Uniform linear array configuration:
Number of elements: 32
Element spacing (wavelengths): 0.75
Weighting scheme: hamming
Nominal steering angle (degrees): -30
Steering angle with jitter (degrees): -28.737
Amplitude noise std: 0.05
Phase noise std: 0.05

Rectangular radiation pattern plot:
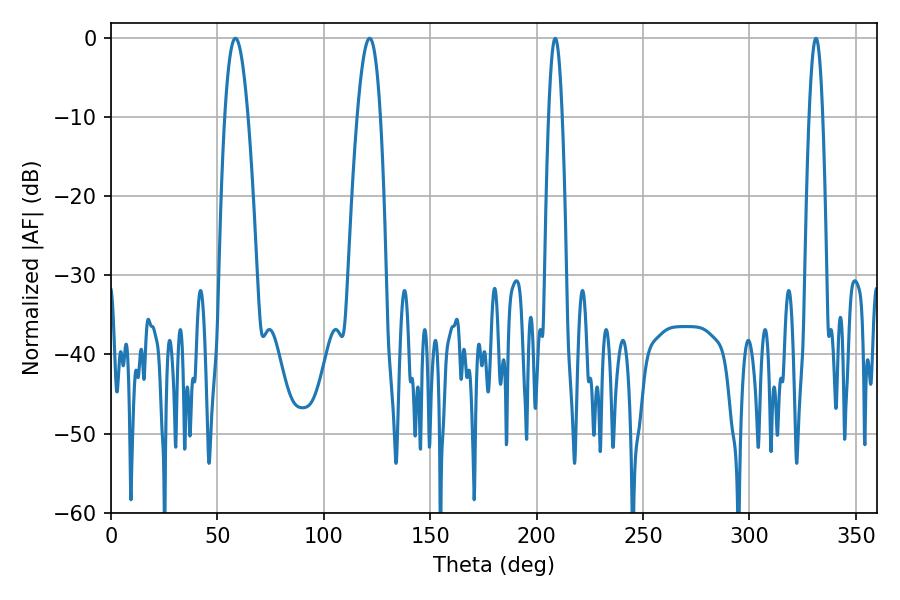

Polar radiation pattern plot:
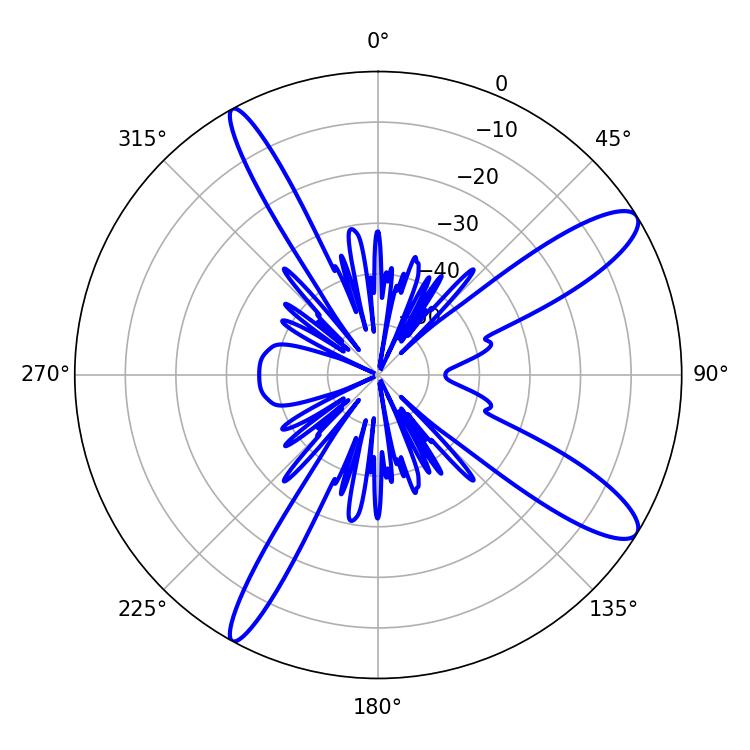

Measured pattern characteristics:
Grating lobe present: TRUE
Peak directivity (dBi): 11.911
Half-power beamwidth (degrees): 5.94
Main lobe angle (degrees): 58.5